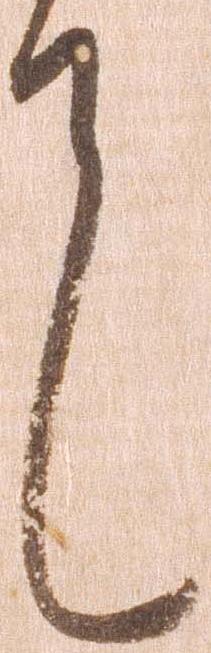
言